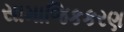
સામાજિકકરણ